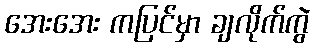
အေးအေး ကပြင်မှာ ချလိုက်ကွဲ